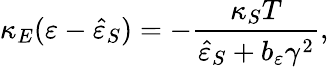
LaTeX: \kappa_{E}(\varepsilon-\hat{\varepsilon}_{S})=-\frac{\kappa_{S}T}{\hat{\varepsilon}_{S}+b_{\varepsilon}\gamma^{2}},